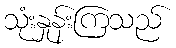
သုံးနှုန်းကြသည်